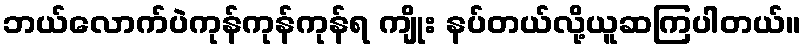
ဘယ်လောက်ပဲကုန်ကုန်ကုန်ရ ကျိုး နပ်တယ်လို့ယူဆကြပါတယ်။